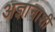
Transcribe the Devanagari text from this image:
अज्ञानाशी